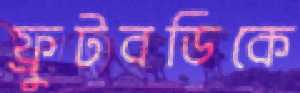
ফ্রুটবডিকে